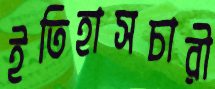
ইতিহাসচারী